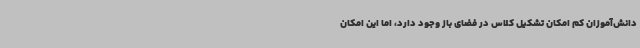
دانش‌آموزان کم امکان تشکیل کلاس در فضای باز وجود دارد، اما این امکان